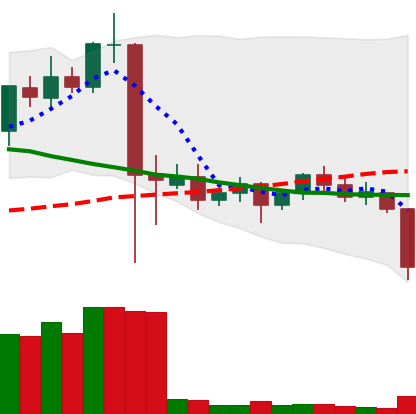
Ticker: ETC-USD
Chart end date: 2021-09-20
Forward return: -3.062%
Label: down_3_5